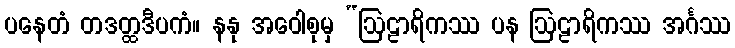
ပနေတံ တဒတ္ထဒီပကံ။ နနု အဝေါစုမှ “ဩဠာရိကဿ ပန ဩဠာရိကဿ အင်္ဂဿ